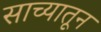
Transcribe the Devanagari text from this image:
साच्यातून